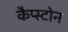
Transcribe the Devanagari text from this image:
कैप्स्टोन